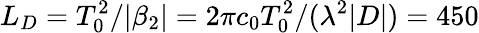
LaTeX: L_{D}=T_{0}^{2}/\vert\beta_{2}\vert=2\pi c_{0}T_{0}^{2}/(\lambda^{2}\vert D\vert)=450